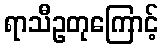
ရာသီဥတုကြောင့်